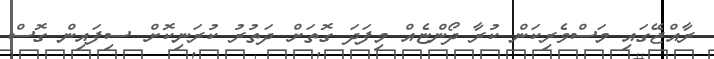
ރާއްޖޭގައި މަސްވެރިކަން ކުރާ ދޯންޏެއް މިފަދަ ގޮތަށް ދަތުރު ކުރަނިކޮށް ސިފައިން ގޮސް